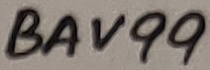
Text: BAV99